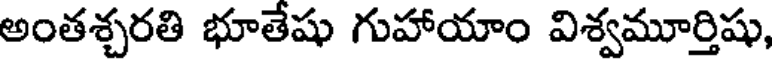
అంతశ్చరతి భూతేషు గుహాయాం విశ్వమూర్తిషు,